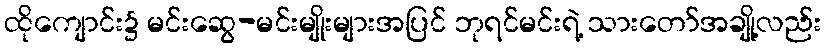
ထိုကျောင်း၌ မင်းဆွေ-မင်းမျိုးများအပြင် ဘုရင်မင်းရဲ့ သားတော်အချို့လည်း